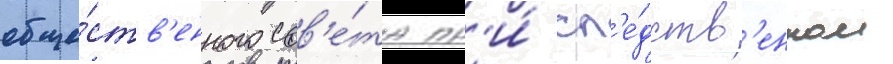
обще́ств'енного сов'е́та пр'и́ сл'е́дств'енном